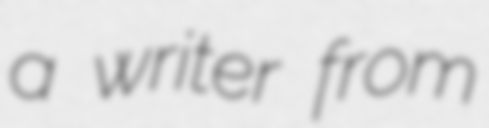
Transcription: a writer from